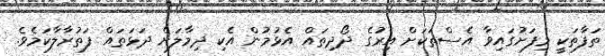
ތަފާތަކީ މިފަށުގައިވާ އެސްތަކަށް އިރުގެ ދޯދިތައް އެޅުމުން އެކި ދިމާލަށް ދަޅަތައް ފަތުރާލާކަމެވެ.